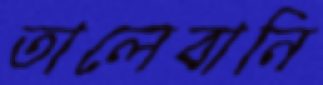
তালেবানি